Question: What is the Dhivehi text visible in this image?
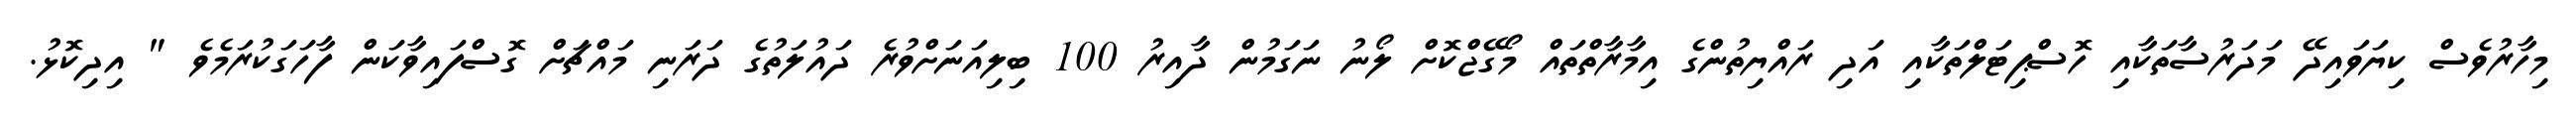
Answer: މިހާރުވެސް ކިޔަވައިދޭ މަދަރުސާތަކާއި ހޮސްޕިޓަލްތަކާއި އަދި ރައްޔިތުންގެ އިމާރާތްތައް މޯގޭޖްކޮށް ލޯނު ނަގަމުން ދާއިރު 100 ބިލިއަނަށްވުރެ ދައުލަތުގެ ދަރަނި މައްޗަށް ގޮސްފައިވާކަން ފާހަގަކުރަމެވެ " އިދިކޮޅު.